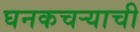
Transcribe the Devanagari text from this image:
घनकचर्‍याची